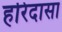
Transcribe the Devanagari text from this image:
हरिदासा